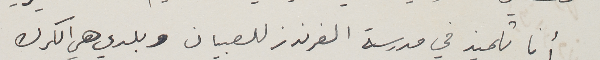
أنا تلميذ في مدرسة الفرندز للصبيان وبلدي هي الكرك